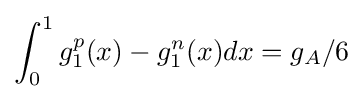
\int _{0}^{1}g_{1}^{p}(x)-g_{1}^{n}(x)dx=g_{A}/6